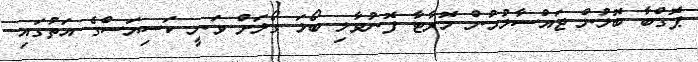
ޕޮގްބާ ބޮލުން ޖައްސާލުމުން މޮރާޓާ ފޮނުވާލި ބޯޅަ ގޯލަށް ވަނީ ކަސިޔަސްގެ އަތުގައި